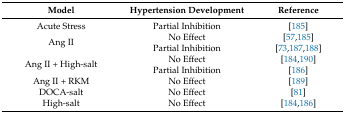
<table><thead><tr><td><b>Model</b></td><td><b>Hypertension Development</b></td><td><b>Reference</b></td></tr></thead><tbody><tr><td>Acute Stress</td><td>Partial Inhibition</td><td>[185]</td></tr><tr><td rowspan="2">Ang II</td><td>No Effect</td><td>[57,185]</td></tr><tr><td>Partial Inhibition</td><td>[73,187,188]</td></tr><tr><td rowspan="2">Ang II + High-salt</td><td>No Effect</td><td>[184,190]</td></tr><tr><td>Partial Inhibition</td><td>[186]</td></tr><tr><td>Ang II + RKM</td><td>No Effect</td><td>[189]</td></tr><tr><td>DOCA-salt</td><td>No Effect</td><td>[81]</td></tr><tr><td>High-salt</td><td>No Effect</td><td>[184,186]</td></tr></tbody></table>